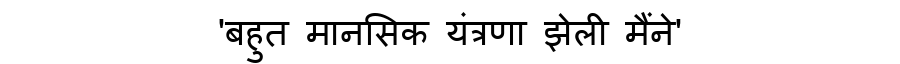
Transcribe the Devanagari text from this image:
'बहुत मानसिक यंत्रणा झेली मैंने'